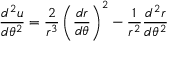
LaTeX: { \frac { d ^ { 2 } u } { d \theta ^ { 2 } } } = { \frac { 2 } { r ^ { 3 } } } \left( { \frac { d r } { d \theta } } \right) ^ { 2 } - { \frac { 1 } { r ^ { 2 } } } { \frac { d ^ { 2 } r } { d \theta ^ { 2 } } }